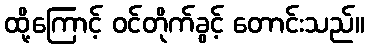
ထို့ကြောင့် ဝင်တိုက်ခွင့် တောင်းသည်။